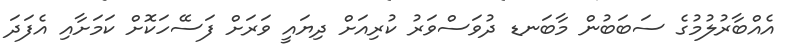
އެއްބާރުލުމުގެ ސަބަބުން މާބަނޑ ދުވަސްވަރު ކުރިއަށް ދިޔައީ ވަރަށް ފަސޭހަކޮށް ކަމަަށާއި އެފަދަ